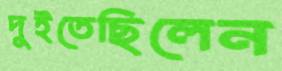
দুইতেছিলেন